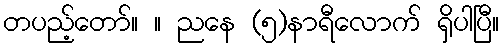
တပည့်တော်။ ။ ညနေ (၅)နာရီလောက် ရှိပါပြီ။